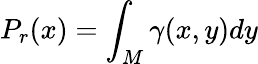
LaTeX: P_{r}(x)=\int_{M}\gamma(x,y)dy